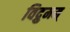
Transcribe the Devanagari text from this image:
विद्रुमम्